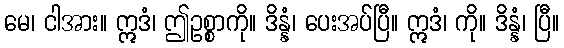
မေ၊ ငါအား။ ဣဒံ၊ ဤဥစ္စာကို။ ဒိန္နံ၊ ပေးအပ်ပြီ။ ဣဒံ၊ ကို။ ဒိန္နံ၊ ပြီ။